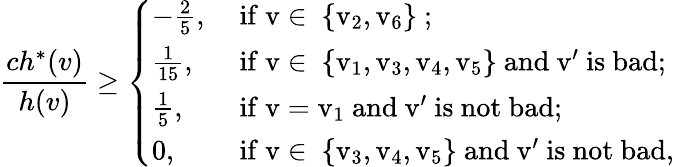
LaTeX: \frac{ch^{*}(v)}{h(v)}\geq\left\{ \begin{array}{ll}{-\frac{2}{5},}&{\mathrm{~if~v\in~\{ v_2,v_6\} ~};}\\ {\frac{1}{15},}&{\mathrm{~if~v\in~\{ v_1,v_3,v_4,v_5\} ~and~v'~is~bad};}\\ {\frac{1}{5},}&{\mathrm{~if~v=v_1~and~v'~is~not~bad};}\\ {0,}&{\mathrm{~if~v\in~\{ v_3,v_4,v_5\} ~and~v'~is~not~bad},}\end{array}\right.